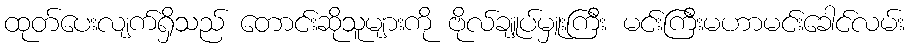
ထုတ်ပေးလျက်ရှိသည် တောင်းဆိုသူများကို ဗိုလ်ချူပ်မှူးကြီး မင်းကြီးမဟာမင်းခေါင်လမ်း